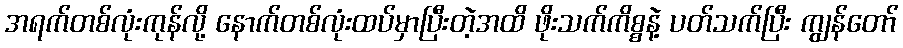
အရက်တစ်လုံးကုန်လို့ နောက်တစ်လုံးထပ်မှာပြီးတဲ့အထိ ဖိုးသက်ကိစ္စနဲ့ ပတ်သက်ပြီး ကျွန်တော်